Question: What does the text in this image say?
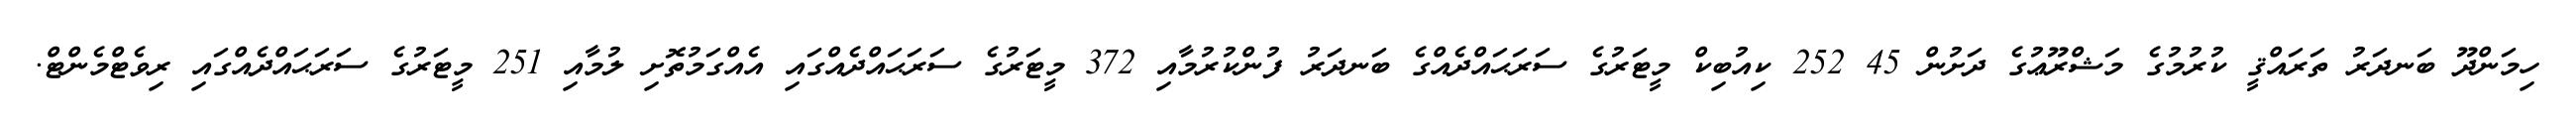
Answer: ހިމަންދޫ ބަނދަރު ތަރައްޤީ ކުރުމުގެ މަޝްރޫޢުގެ ދަށުން 45 252 ކިއުބިކް މީޓަރުގެ ސަރަޙައްދެއްގެ ބަނދަރު ފުންކުރުމާއި 372 މީޓަރުގެ ސަރަޙައްދެއްގައި އެއްގަމުތޮށި ލުމާއި 251 މީޓަރުގެ ސަރަޙައްދެއްގައި ރިވެޓްމެންޓް.